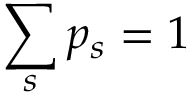
\sum _ { s } p _ { s } = 1